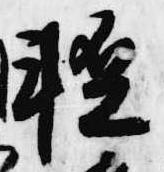
軽